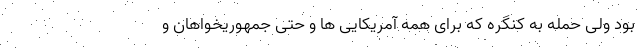
بود ولی حمله به کنگره که برای همه آمریکایی ها و حتی جمهوریخواهان و